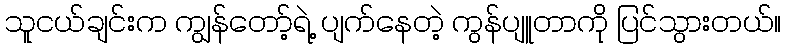
သူငယ်ချင်းက ကျွန်တော့်ရဲ့ ပျက်နေတဲ့ ကွန်ပျူတာကို ပြင်သွားတယ်။